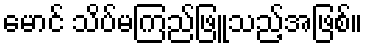
မောင် သိပ်မကြည်ဖြူသည့်အဖြစ်။